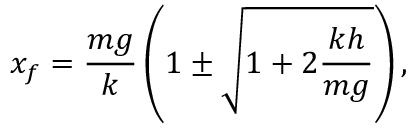
x _ { f } = \frac { m g } { k } \left( 1 \pm \sqrt { 1 + 2 \frac { k h } { m g } } \right) ,